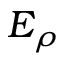
E _ { \rho }